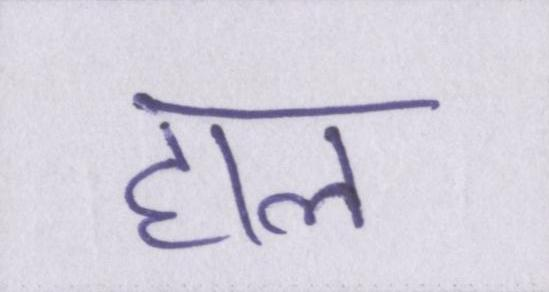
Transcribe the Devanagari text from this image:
हाल